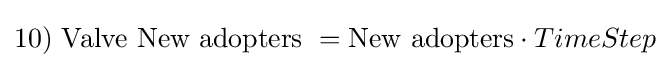
10)\ {\mbox{Valve New adopters}}\ ={\mbox{New adopters}}\cdot TimeStep